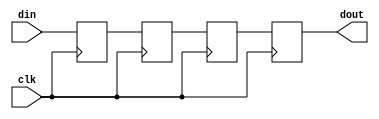
`default_nettype none

/*
*   Parametrizable delay using a shift register
*
*/


module delay #(
    parameter DATA_WIDTH = 8,
    parameter DEPTH = 4
) (
    input clk,
    input [DATA_WIDTH-1:0] din,
    output [DATA_WIDTH-1:0] dout
);
    genvar i;
    generate 
        for(i=0;i<DEPTH; i=i+1)begin: loop
            reg [DATA_WIDTH-1:0] d_din;
            if(i==0)begin
                always@(posedge clk)begin
                    d_din <= din;
                end
            end
            else begin
                always@(posedge clk)
                    d_din <= loop[i-1].d_din;
            end
        end
    endgenerate     

    assign dout = loop[DEPTH-1].d_din;

endmodule